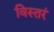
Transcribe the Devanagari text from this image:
विस्तरं